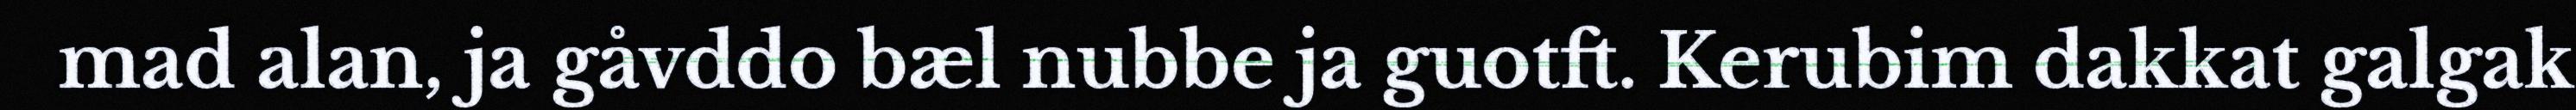
mad alan, ja gåvddo bæl nubbe ja guotft. Kerubim dakkat galgak